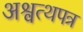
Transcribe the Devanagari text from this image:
अश्वत्थपत्र